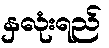
နှလုံးရည်